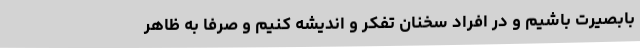
بابصیرت باشیم و در افراد سخنان تفکر و اندیشه کنیم و صرفاً به ظاهر